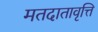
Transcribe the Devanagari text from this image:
मतदातावृत्ति